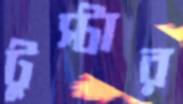
টুস্টার